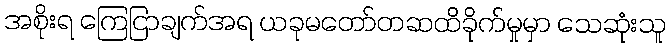
အစိုးရ ကြေငြာချက်အရ ယခုမတော်တဆထိခိုက်မှုမှာ သေဆုံးသူ